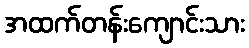
အထက်တန်းကျောင်းသား